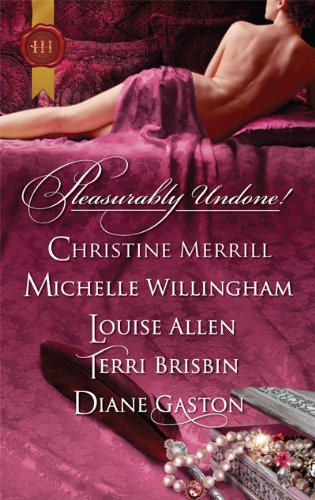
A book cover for Pleasurably Undone!: Seducing a Stranger\The Viking's Forbidden Love-Slave\Disrobed and Dishonored\A Night for Her Pleasure\The Unlacing of Miss Leigh; Christine Merrill; Romance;